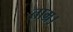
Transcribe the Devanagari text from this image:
ताम्र।